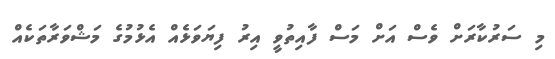
މި ސަރުކާރަށް ވެސް އަށް މަސް ފާއިތުވީ އިރު ފިޔަވަޅެއް އެޅުމުގެ މަޝްވަރާތަކެއް